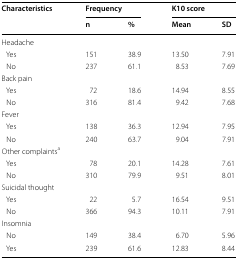
<table><thead><tr><td rowspan="2"><b>Characteristics</b></td><td colspan="2"><b>Frequency</b></td><td colspan="2"><b>K10 score</b></td></tr><tr><td><b>n</b></td><td><b>%</b></td><td><b>Mean</b></td><td><b>SD</b></td></tr></thead><tbody><tr><td colspan="5">Headache</td></tr><tr><td> Yes</td><td>151</td><td>38.9</td><td>13.50</td><td>7.91</td></tr><tr><td> No</td><td>237</td><td>61.1</td><td>8.53</td><td>7.69</td></tr><tr><td colspan="5">Back pain</td></tr><tr><td> Yes</td><td>72</td><td>18.6</td><td>14.94</td><td>8.55</td></tr><tr><td> No</td><td>316</td><td>81.4</td><td>9.42</td><td>7.68</td></tr><tr><td colspan="5">Fever</td></tr><tr><td> Yes</td><td>138</td><td>36.3</td><td>12.94</td><td>7.95</td></tr><tr><td> No</td><td>240</td><td>63.7</td><td>9.04</td><td>7.91</td></tr><tr><td colspan="5">Other complaints<sup>a</sup></td></tr><tr><td> Yes</td><td>78</td><td>20.1</td><td>14.28</td><td>7.61</td></tr><tr><td> No</td><td>310</td><td>79.9</td><td>9.51</td><td>8.01</td></tr><tr><td colspan="5">Suicidal thought</td></tr><tr><td> Yes</td><td>22</td><td>5.7</td><td>16.54</td><td>9.51</td></tr><tr><td> No</td><td>366</td><td>94.3</td><td>10.11</td><td>7.91</td></tr><tr><td colspan="5">Insomnia</td></tr><tr><td> No</td><td>149</td><td>38.4</td><td>6.70</td><td>5.96</td></tr><tr><td> Yes</td><td>239</td><td>61.6</td><td>12.83</td><td>8.44</td></tr></tbody></table>